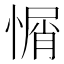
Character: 𢞜